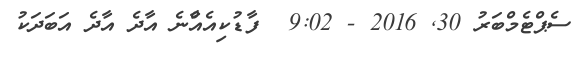
ސެޕްޓެމްބަރު 30